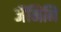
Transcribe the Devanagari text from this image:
जैंमिनि